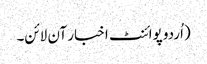
(اُردو پوائنٹ اخبار آن لائن۔